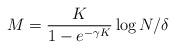
LaTeX: \begin{align*}M = \frac{K}{1-e^{-\gamma K }} \log N/\delta\end{align*}